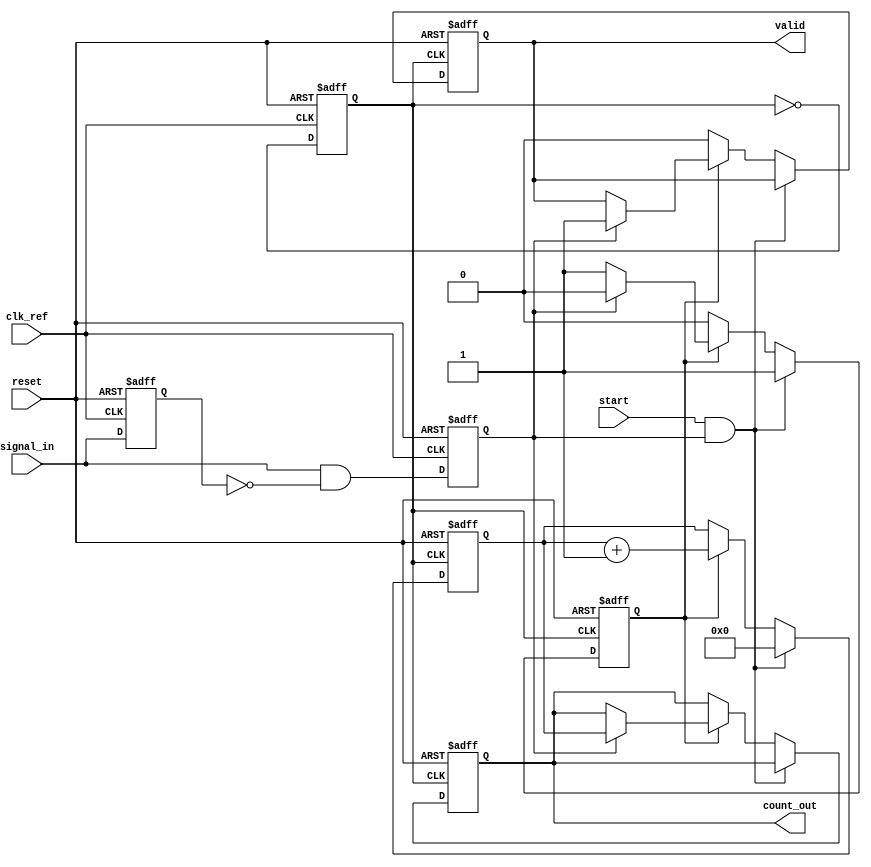
module TDC_PLL (
    input wire clk_ref,          // Reference clock
    input wire signal_in,        // Input signal to measure time intervals
    input wire reset,            // Reset signal
    input wire start,            // Start measurement signal
    output reg [31:0] count_out, // Digital output of the counter
    output reg valid             // Output valid signal
);

    // PLL parameters for simulation
    parameter VCO_FREQ_MULT = 8; // VCO frequency multiplier
    parameter COUNTER_WIDTH = 32; // Width of the counter

    // Internal signals
    reg clk_vco;                 // VCO output clock
    reg [COUNTER_WIDTH-1:0] counter; // Counter for timing measurement
    reg measuring;               // Status of measurement
    reg edge_detected;           // Edge detection flag

    // PLL Simulation (VCO)
    always @(posedge clk_ref or posedge reset) begin
        if (reset) begin
            clk_vco <= 0;
        end else begin
            clk_vco <= ~clk_vco; // Simple toggle to simulate a VCO
        end
    end

    // Edge Detector
    reg signal_in_prev;
    always @(posedge clk_ref or posedge reset) begin
        if (reset) begin
            signal_in_prev <= 0;
            edge_detected <= 0;
        end else begin
            edge_detected <= (signal_in && !signal_in_prev); // Detect rising edge
            signal_in_prev <= signal_in;
        end
    end

    // Counter Logic
    always @(posedge clk_vco or posedge reset) begin
        if (reset) begin
            counter <= 0;
            count_out <= 0;
            valid <= 0;
            measuring <= 0;
        end else if (start && edge_detected) begin
            measuring <= 1;        // Start measuring on edge detected
            counter <= 0;          // Reset counter
        end else if (measuring) begin
            counter <= counter + 1; // Increment counter
            if (edge_detected) begin // Stop counting on the next edge
                measuring <= 0;
                count_out <= counter; // Output the counted value
                valid <= 1;           // Indicate valid output
            end
        end else if (!measuring) begin
            valid <= 0; // Reset valid signal when not measuring
        end
    end

endmodule